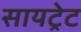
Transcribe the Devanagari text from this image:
सायट्रेट